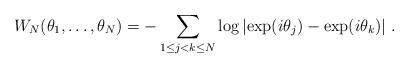
LaTeX: \begin{align*}W_N(\theta_1,\ldots,\theta_N)=-\sum_{1\leq j<k\leq N} \log\left\vert \exp(i\theta_j)-\exp(i\theta_k)\right\vert\, .\end{align*}